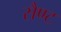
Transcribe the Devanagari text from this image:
सैण्ट